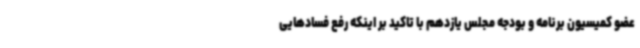
عضو کمیسیون برنامه و بودجه مجلس یازدهم با تاکید بر اینکه رفع فسادهایی